Leaving Certificate Examination (including Day School Certificate (Higher) General paper), 1935
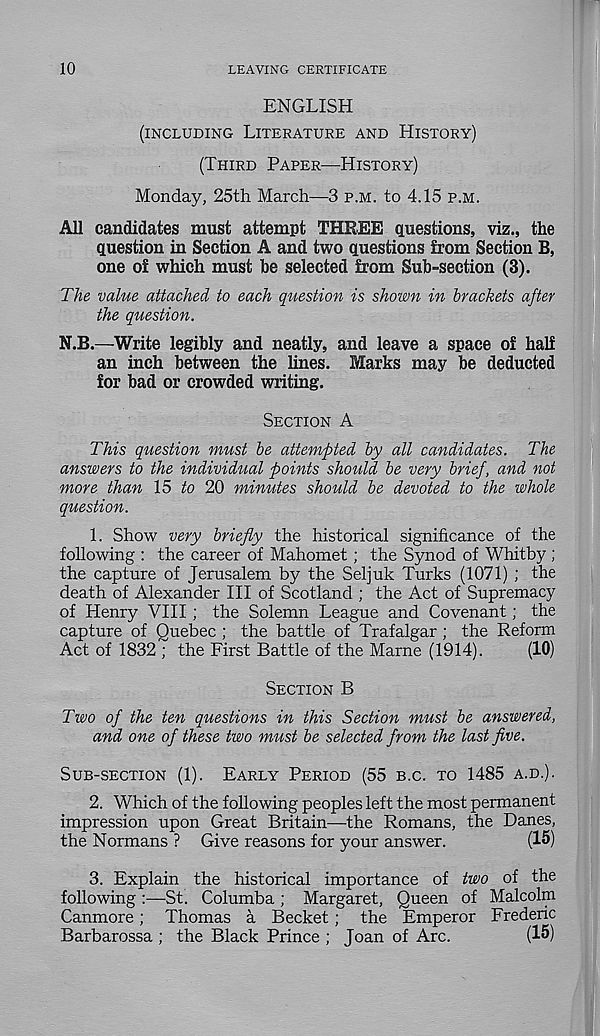
10
LEAVING CERTIFICATE
ENGLISH
(INCLUDING LITERATURE AND HISTORY)
(THIRD PAPER—HISTORY)
Monday, 25th March—3 P.M. to 4.15 P.M.
All candidates must attempt THREE questions, viz., the
question in Section A and two questions from Section B,
one o£ which must he selected from Sub-section (3).
The value attached to each question is shown in brackets after
the question.
N.B.—Write legibly and neatly, and leave a space of half
an inch between the lines. Marks may be deducted
for bad or crowded writing.
SECTION A
This question must be attempted by all candidates. The
answers to the individual points should be very brief, and not
more than 15 to 20 minutes should be devoted to the whole
question.
1. Show very briefly the historical significance of the
following : the career of Mahomet; the Synod of Whitby ;
the capture of Jerusalem by the Seljuk Turks (1071) ; the
death of Alexander HI of Scotland ; the Act of Supremacy
of Henry VIII ; the Solemn League and Covenant; the
capture of Quebec ; the battle of Trafalgar; the Reform
Act of 1832 ; the First Battle of the Marne (1914).
(10)
SECTION B
Two of the ten questions in this Section must be answered,
and one of these two must be selected from the last five.
SUB-SECTION (1). EARLY PERIOD (55 B.C. TO 1485 A.D.).
2. Which of the following peoples left the most permanent
impression upon Great Britain—the Romans, the Danes,
the Normans ? Give reasons for your answer.
(15)
3. Explain the historical importance of two of the
following :—St. Columba ; Margaret, Queen of Malcolm
Canmore; Thomas a Becket ; the Emperor Frederic
Barbarossa ; the Black Prince ; Joan of Arc.
(15)